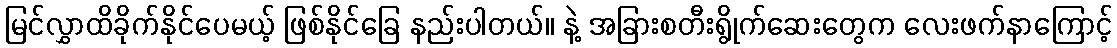
မြင်လွှာထိခိုက်နိုင်ပေမယ့် ဖြစ်နိုင်ခြေ နည်းပါတယ်။ နဲ့ အခြားစတီးရွိုက်ဆေးတွေက လေးဖက်နာကြောင့်